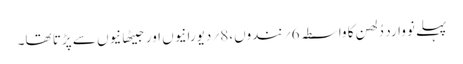
پہلے نووارد دُلھن کا واسطہ 6؍ نندوں،8؍ دیورانیوں اور جیٹھانیوں سے پڑتا تھا۔